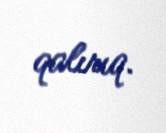
qalırıq.